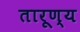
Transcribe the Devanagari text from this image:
तारूण्य